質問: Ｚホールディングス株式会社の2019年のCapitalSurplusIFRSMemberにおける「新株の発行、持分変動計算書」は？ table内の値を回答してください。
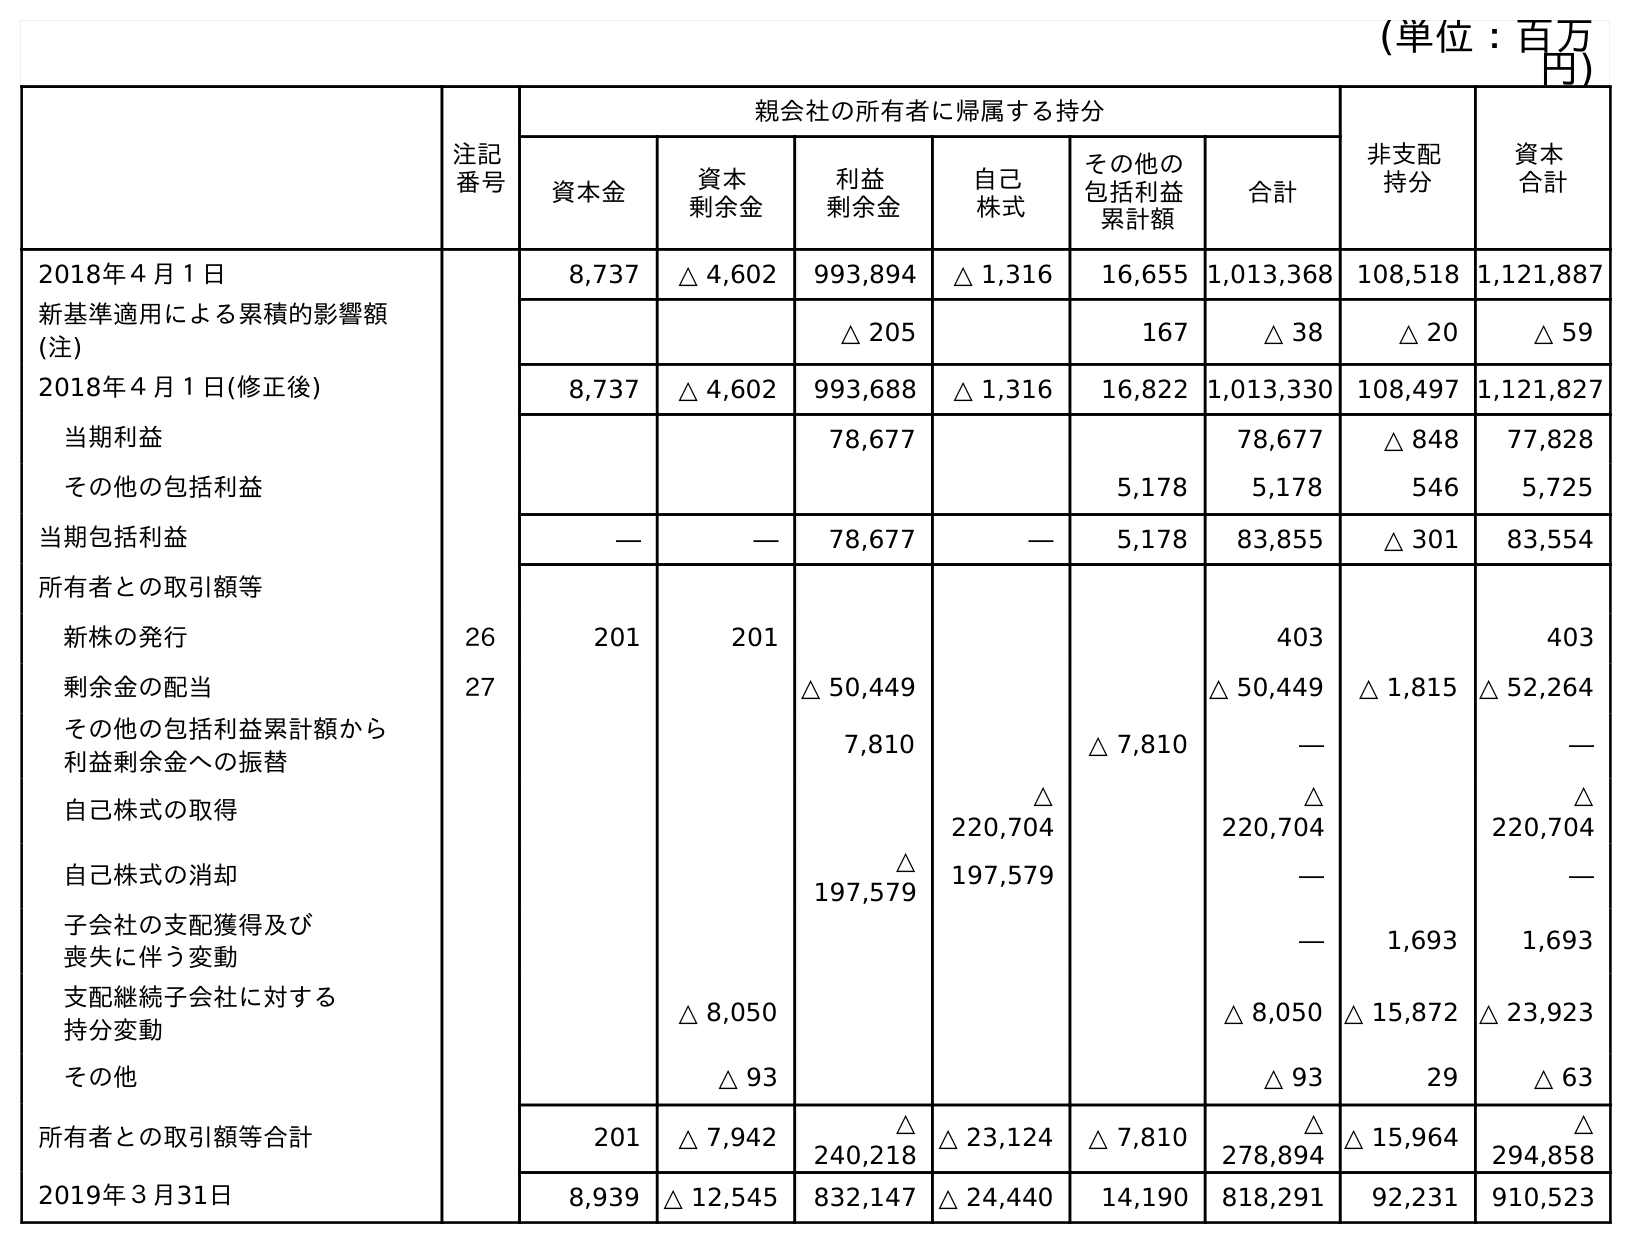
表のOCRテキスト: (単位：百万 円) 注記 番号 親会社の所有者に帰属する持分 非支配 持分 資本 合計 資本金 資本 剰余金 利益 剰余金 自己 株式 その他の 包括利益 累計額 合計 2018年４月１日 8,737 △ 4,602 993,894 △ 1,316 16,655 1,013,368 108,518 1,121,887 新基準適用による累積的影響額 (注) △ 205 167 △ 38 △ 20 △ 59 2018年４月１日(修正後) 8,737 △ 4,602 993,688 △ 1,316 16,822 1,013,330 108,497 1,121,827 当期利益 78,677 78,677 △ 848 77,828 その他の包括利益 5,178 5,178 546 5,725 当期包括利益 ― ― 78,677 ― 5,178 83,855 △ 301 83,554 所有者との取引額等 新株の発行 26 201 201 403 403 剰余金の配当 27 △ 50,449 △ 50,449 △ 1,815 △ 52,264 その他の包括利益累計額から 利益剰余金への振替 7,810 △ 7,810 ― ― 自己株式の取得 △ 220,704 △ 220,704 △ 220,704 自己株式の消却 △ 197,579 197,579 ― ― 子会社の支配獲得及び 喪失に伴う変動 ― 1,693 1,693 支配継続子会社に対する 持分変動 △ 8,050 △ 8,050 △ 15,872 △ 23,923 その他 △ 93 △ 93 29 △ 63 所有者との取引額等合計 201 △ 7,942 △ 240,218 △ 23,124 △ 7,810 △ 278,894 △ 15,964 △ 294,858 2019年３月31日 8,939 △ 12,545 832,147 △ 24,440 14,190 818,291 92,231 910,523
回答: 201